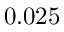
0 . 0 2 5